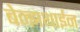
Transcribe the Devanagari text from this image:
बेन्झथाईन